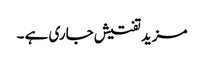
مزید تفتیش جاری ہے ۔